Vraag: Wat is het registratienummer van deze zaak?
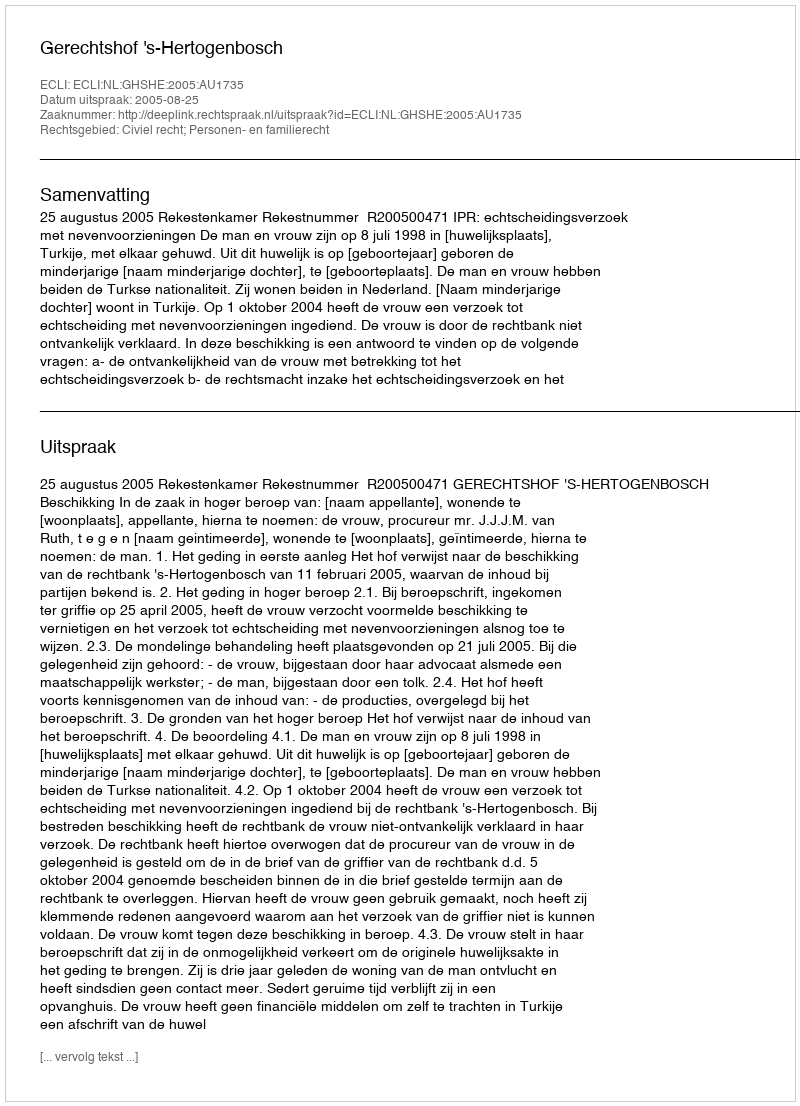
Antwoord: http://deeplink.rechtspraak.nl/uitspraak?id=ECLI:NL:GHSHE:2005:AU1735